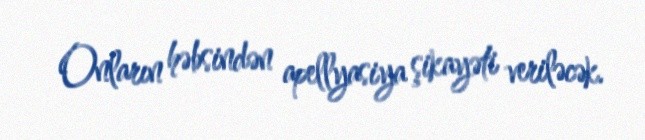
Onların həbsindən apellyasiya şikayəti veriləcək.